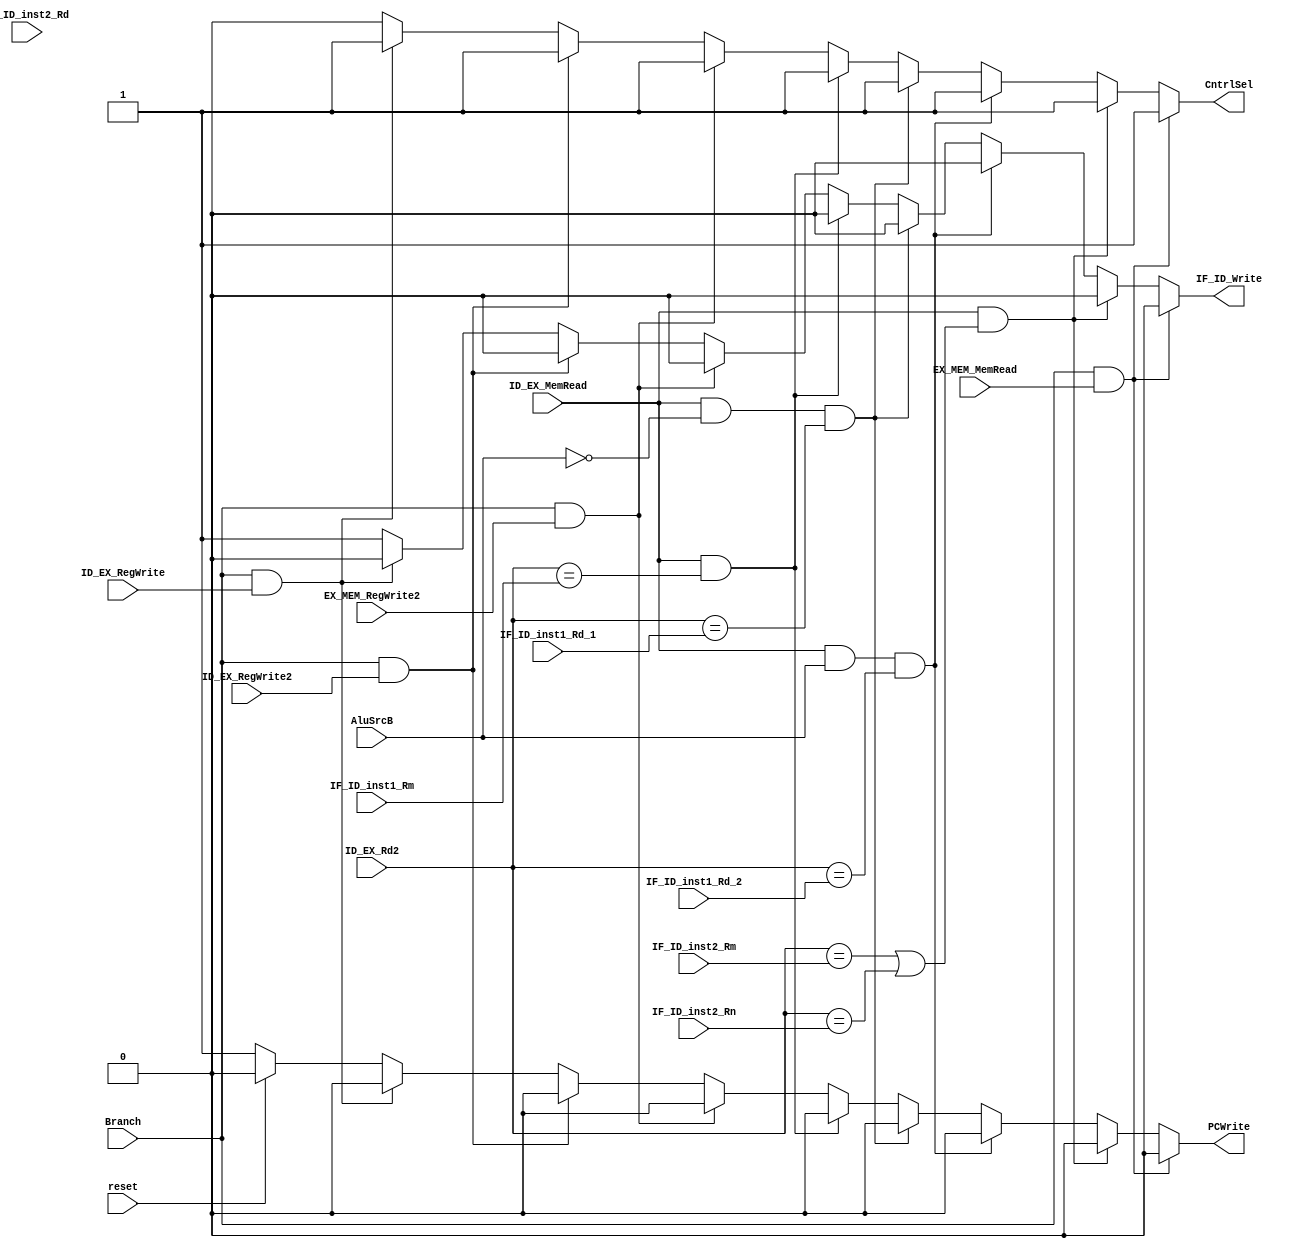
module HazardDetectionUnit(input reset, input Branch, input ID_EX_RegWrite, output reg IF_ID_Write, output reg PCWrite,
                           output reg CntrlSel,
                           input ID_EX_RegWrite2, input EX_MEM_RegWrite2,
                           input ID_EX_MemRead, input [2:0] ID_EX_Rd2, input [2:0] IF_ID_inst1_Rm,
                           input AluSrcB, input [2:0] IF_ID_inst1_Rd_1, input [2:0] IF_ID_inst1_Rd_2,
                           input [2:0] IF_ID_inst2_Rm, input [2:0] IF_ID_inst2_Rn, input [2:0] IF_ID_inst2_Rd, input EX_MEM_MemRead);
                           
  // THE ASSUMPTION IS THAT A CHANGE IN THE SENSITIVITY LIST WILL ALWAYS BE THERE
  always@(Branch, ID_EX_RegWrite, ID_EX_RegWrite2, EX_MEM_RegWrite2, ID_EX_MemRead, ID_EX_Rd2, IF_ID_inst1_Rm, AluSrcB, IF_ID_inst1_Rd_1, IF_ID_inst1_Rd_2, IF_ID_inst2_Rm, IF_ID_inst2_Rn, IF_ID_inst2_Rd, EX_MEM_MemRead)
  begin 
    IF_ID_Write = 1'b1;
    PCWrite = 1'b1;
    CntrlSel=1'b0;

    if(reset==1'b1)
    begin
      PCWrite = 1'b0;
      //IF_ID_Write = 1'b0;
    end

    /*First*/
    if(Branch == 1'b1 && ID_EX_RegWrite == 1'b1)
    begin
      IF_ID_Write = 1'b0;
      PCWrite = 1'b0;
      CntrlSel = 1'b1;
    end
    
    /*Second*/
    if(Branch == 1'b1 && ID_EX_RegWrite2 == 1'b1)
    begin
      IF_ID_Write = 1'b0;
      PCWrite = 1'b0;
      CntrlSel = 1'b1;
    end
    if(Branch == 1'b1 && EX_MEM_RegWrite2 == 1'b1)
    begin
      IF_ID_Write = 1'b0;
      PCWrite = 1'b0;
      CntrlSel = 1'b1;
    end
    
    /*Third*/
    if(ID_EX_MemRead == 1'b1 && ID_EX_Rd2 == IF_ID_inst1_Rm)
    begin
      IF_ID_Write = 1'b0;
      PCWrite = 1'b0;
      CntrlSel = 1'b1;
    end
    
    /*Fourth*/
    if(ID_EX_MemRead == 1'b1 && AluSrcB == 1'b0 && ID_EX_Rd2 == IF_ID_inst1_Rd_1)
    begin
      IF_ID_Write = 1'b0;
      PCWrite = 1'b0;
      CntrlSel = 1'b1;
    end
    if(ID_EX_MemRead == 1'b1 && AluSrcB == 1'b1 && ID_EX_Rd2 == IF_ID_inst1_Rd_2)
    begin
      IF_ID_Write = 1'b0;
      PCWrite = 1'b0;
      CntrlSel = 1'b1;
    end
    
    /*Fifth*/

    // if(ID_EX_MemRead == 1'b1 && (ID_EX_Rd2 == IF_ID_inst2_Rm || ID_EX_Rd2 == IF_ID_inst2_Rn || ID_EX_Rd2 == IF_ID_inst2_Rd))
    if(ID_EX_MemRead == 1'b1 && (ID_EX_Rd2 == IF_ID_inst2_Rm || ID_EX_Rd2 == IF_ID_inst2_Rn))
    begin
      IF_ID_Write = 1'b0;
      PCWrite = 1'b0;
      CntrlSel = 1'b1;
    end
    
    /*Sixth*/
    if(Branch == 1'b1 && EX_MEM_MemRead == 1'b1)
    begin
      IF_ID_Write = 1'b0;
      PCWrite = 1'b0;
      CntrlSel = 1'b1;
    end
  end
endmodule